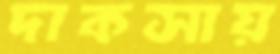
দাকসায়